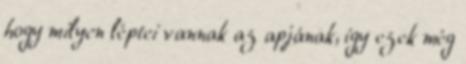
hogy milyen léptei vannak az apjának, így ezek még